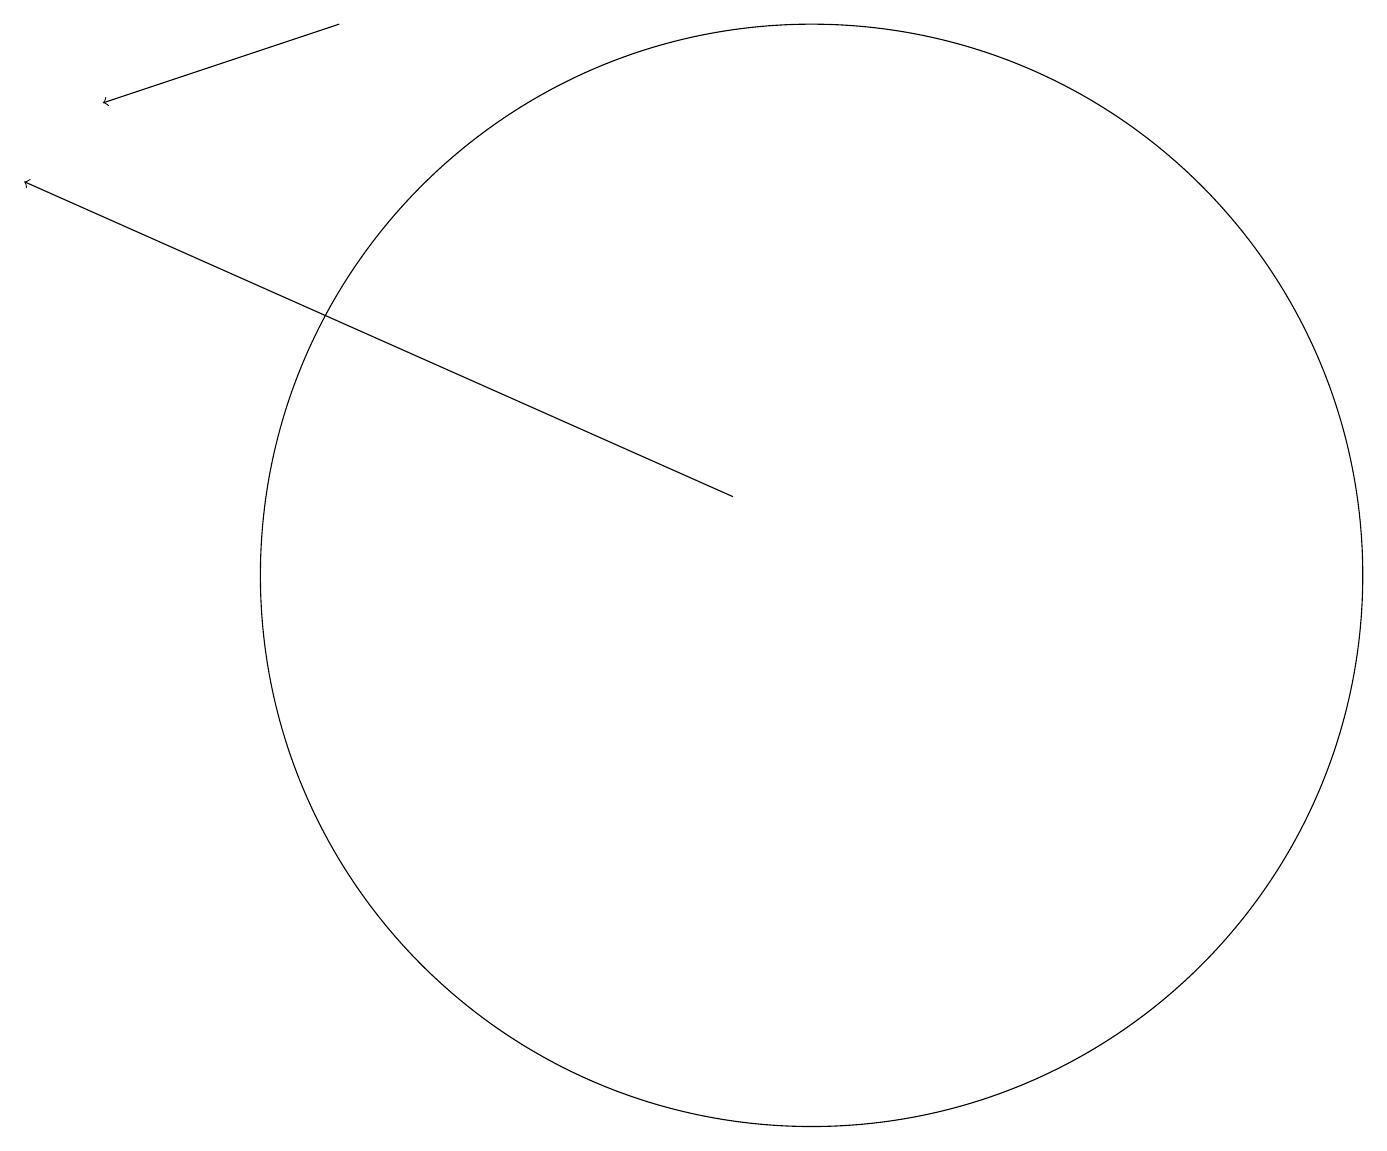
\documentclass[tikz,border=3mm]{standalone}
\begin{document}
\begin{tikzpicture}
\draw (10,10) circle (7);
\draw[->] (4,17) -- (1,16);
\draw[->] (9,11) -- (0,15);
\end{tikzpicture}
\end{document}